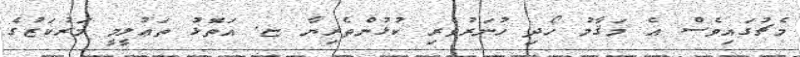
މެޗުގައިވެސް އެ މަޤާމު ހޯދި ހުނަރުވެރި ކުޅުންތެރިޔާ ޏ. އަތޮޅު ތަޢުލީމީ މަރުކަޒުގެ